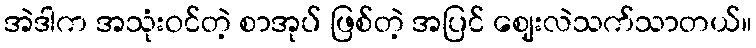
အဲဒါက အသုံးဝင်တဲ့ စာအုပ် ဖြစ်တဲ့ အပြင် ဈေးလဲသက်သာတယ်။